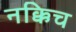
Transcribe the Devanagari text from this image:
नक्किच